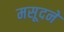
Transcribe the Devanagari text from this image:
मसूदने